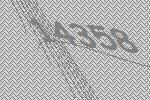
14358